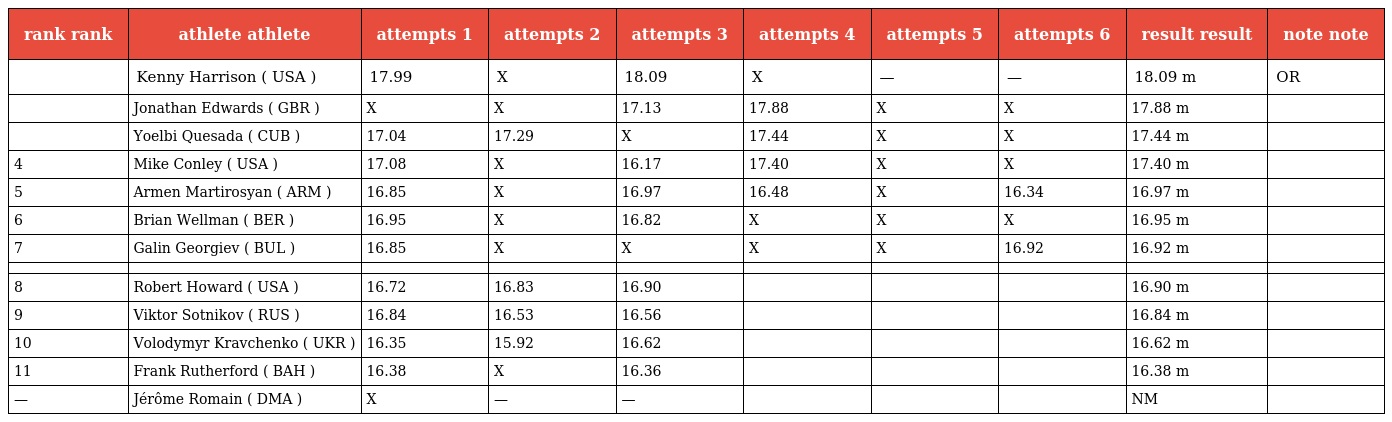
| rank rank | athlete athlete | attempts 1 | attempts 2 | attempts 3 | attempts 4 | attempts 5 | attempts 6 | result result | note note |
 | --- | --- | --- | --- | --- | --- | --- | --- | --- | --- |
 |  | Kenny Harrison ( USA ) | 17.99 | X | 18.09 | X | — | — | 18.09 m | OR |
 |  | Jonathan Edwards ( GBR ) | X | X | 17.13 | 17.88 | X | X | 17.88 m |  |
 |  | Yoelbi Quesada ( CUB ) | 17.04 | 17.29 | X | 17.44 | X | X | 17.44 m |  |
 | 4 | Mike Conley ( USA ) | 17.08 | X | 16.17 | 17.40 | X | X | 17.40 m |  |
 | 5 | Armen Martirosyan ( ARM ) | 16.85 | X | 16.97 | 16.48 | X | 16.34 | 16.97 m |  |
 | 6 | Brian Wellman ( BER ) | 16.95 | X | 16.82 | X | X | X | 16.95 m |  |
 | 7 | Galin Georgiev ( BUL ) | 16.85 | X | X | X | X | 16.92 | 16.92 m |  |
 |  |  |  |  |  |  |  |  |  |  |
 | 8 | Robert Howard ( USA ) | 16.72 | 16.83 | 16.90 |  |  |  | 16.90 m |  |
 | 9 | Viktor Sotnikov ( RUS ) | 16.84 | 16.53 | 16.56 |  |  |  | 16.84 m |  |
 | 10 | Volodymyr Kravchenko ( UKR ) | 16.35 | 15.92 | 16.62 |  |  |  | 16.62 m |  |
 | 11 | Frank Rutherford ( BAH ) | 16.38 | X | 16.36 |  |  |  | 16.38 m |  |
 | — | Jérôme Romain ( DMA ) | X | — | — |  |  |  | NM |  |